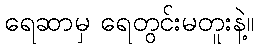
ရေဆာမှ ရေတွင်းမတူးနဲ့။